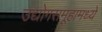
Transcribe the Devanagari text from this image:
उद्योगसमूहामध्ये